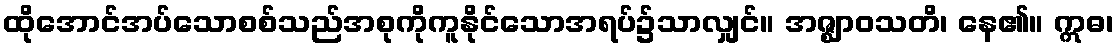
ထိုအောင်အပ်သောစစ်သည်အစုကိုကူနိုင်သောအရပ်၌သာလျှင်။ အဇ္ဈာဝသတိ၊ နေ၏။ ဣဓ၊